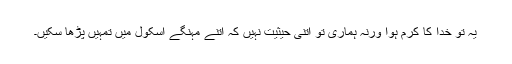
یہ تو خدا کا کرم ہوا ورنہ ہماری تو اتنی حیثیت نہیں کہ اتنے مہنگے اسکول میں تمہیں پڑھا سکیں۔